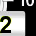
Digit: 2